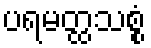
ပရမတ္ထသစ္စံ